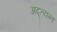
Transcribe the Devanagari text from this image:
अद्त्यन्त